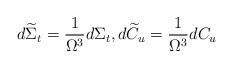
LaTeX: \begin{align*}d\widetilde{\Sigma}_{t}=\frac{1}{\Omega^{3}}d\Sigma_{t},d\widetilde{C}_{u}=\frac{1}{\Omega^{3}}dC_{u}\end{align*}